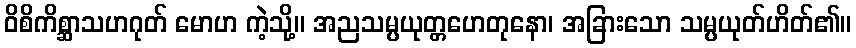
ဝိစိကိစ္ဆာသဟဂုတ် မောဟ ကဲ့သို့။ အညသမ္ပယုတ္တဟေတုနော၊ အခြားသော သမ္ပယုတ်ဟိတ်၏။